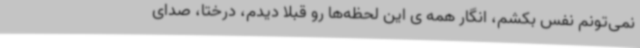
نمی‌تونم نفس بکشم، انگار همه ی این لحظه‌ها رو قبلاً دیدم، درختا، صدای